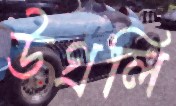
উগ্‌রলি